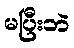
မပြီးဘဲ